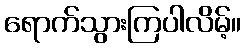
ရောက်သွားကြပါလိမ့်။